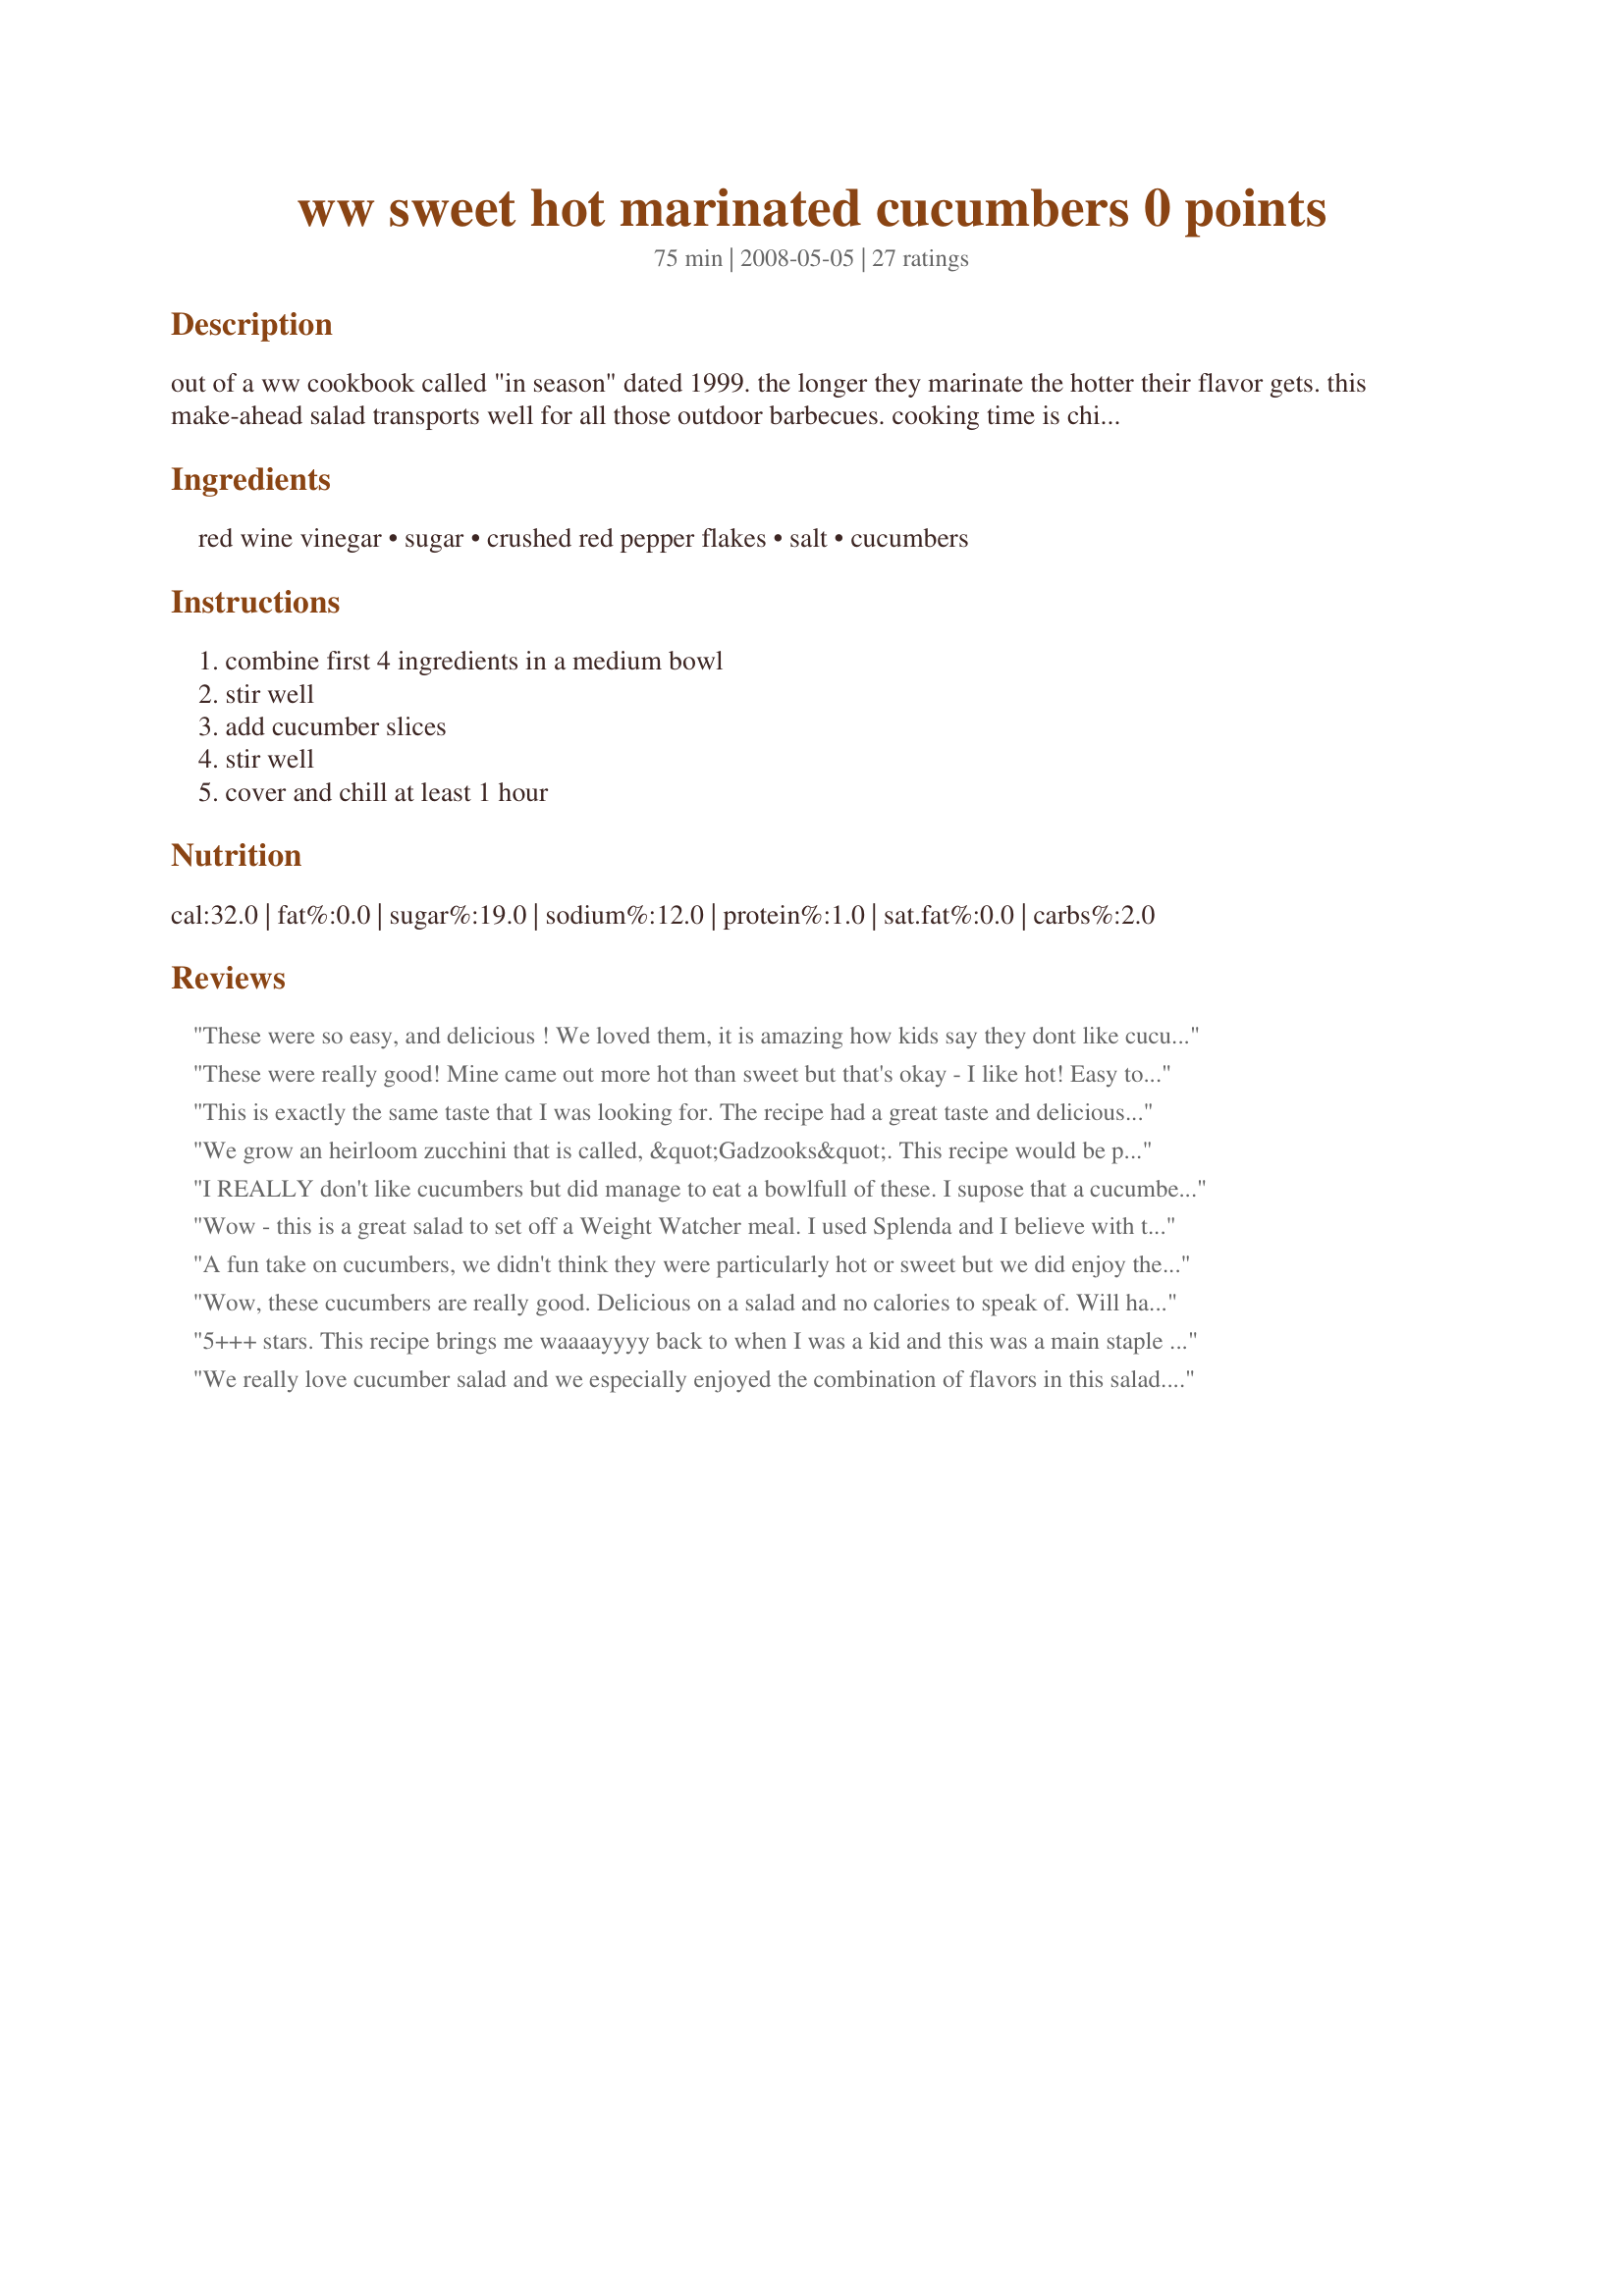
ww sweet hot marinated cucumbers 0 points
Preparation time: 75 minutes

out of a ww cookbook called "in season" dated 1999. the longer they marinate the hotter their flavor gets. this make-ahead salad transports well for all those outdoor barbecues. cooking time is chill time. hope you enjoy!

Ingredients:
red wine vinegar, sugar, crushed red pepper flakes, salt, cucumbers

Steps:
combine first 4 ingredients in a medium bowl, stir well, add cucumber slices, stir well, cover and chill at least 1 hour

Reviews:
These were so easy, and delicious ! We loved them, it is amazing how kids say they dont like cucumbers, but they gobbled them down.The red wine vinegar, and the red pepper flakes gave this dish excellent taste.
These were really good! Mine came out more hot than sweet but that's okay - I like hot! Easy to make, these will be a perfect addition to our summer bbq's - thanks for sharing!
This is exactly the same taste that I was looking for. The recipe had a great taste and delicious and yummy.last Sunday i made Punjabi Yakhni Pulao Recipe from one of the best cooking wesite sharing a link with you: ( https://pakistanirecipespoint.wordpress.com/2017/08/29/punjabi-yakhni-pulao/ ).
We grow an heirloom zucchini that is called, &quot;Gadzooks&quot;. This recipe would be perfect for them. They will stay firm longer and have less water in them. They do not need to be peeled, either.
I REALLY don't like cucumbers but did manage to eat a bowlfull of these. I supose that a cucumber lover would like this recipe. You really can't beat this for a low calorie side dish.
Wow - this is a great salad to set off a Weight Watcher meal. I used Splenda and I believe with that substitute it would be zero points on the new Points Plus program. I served it with hamburgers and it was a satisfactory way to omit the chips or fries. Thanks, Carole in Orlando
A fun take on cucumbers, we didn't think they were particularly hot or sweet but we did enjoy the red wine vinegar on these. I loved that they were quick, easy and travel well for summer picnics. DH enjoyed them so much that he ate most of them! Made for 1-2-3 Hit Wonders tag game.
Wow, these cucumbers are really good. Delicious on a salad and no calories to speak of. Will have these in the fridge all the time.
5+++ stars. This recipe brings me waaaayyyy back to when I was a kid and this was a main staple on our dinner table in the summer. We always had huge gardens and my mom would make these often. I don't think she used the hot pepper flakes, but I love the addition. Just the right amount of heat. Just remember to go sparingly. I doubled the recipe to share with them:-) Glad I found this recipe of yours Teresa!
Made for 123Hitwonders~
We really love cucumber salad and we especially enjoyed the combination of flavors in this salad. The red wine vinegar/sugar with the red pepper flakes really added a great taste. Will definitely make them again.
I love cucumbers but get a little tired of eating them plain. These were delicious, thanks!
I've been eating these since I was a kid and my mom made them. We always had them with with addition of thinly sliced onions and a sprinkling of celery seeds. The celery seeds add a lot of flavor. I make them in a big pickle jar I saved and they don't last long!
This is another of my favorite WW recipes! I love the heat/sweet/tart combination - it&#039;s a total party in your mouth!
Nice refreshing salad.
Thank you Teresa, for reviving something that I used to have often years ago when I lived up in NJ. The diners where I worked had these on the salad bar where they made them fresh daily (and probably still do). They use apple cider vinegar, so I did as well. It's really just a matter of personal preference to vinegars. Thanks so much for posting. ~Bird
My husband loved this because it is a kicked up version with the addition of the red pepper flakes. And as a wieght watcher I love that I can eat it without using points!!!
Thanks to "Please Review My Recipe" I found a great snack.<br/><br/><br/>For this recipe I chose to sub the hot peppers for Habanero peppers. This was what I had on hand and boy did this come out great. You have to be careful as to not put a lot in. <br/><br/>Love it.
Excellent! I used liquid Splenda instead of sugar &amp; reduced the amount of salt. I will be keeping these in my fridge at all times.
These are a great go-to snack to keep in the fridge! Love them! Thanks so much for the wonderful idea!
Great snack! I enjoy these to nibble on. Thanks! A great way to use up the abundance of cucumbers.
Made these last night to put in today&#039;s lunch and think I will put them on next week&#039;s menu. Great low cal side! Thanks for the post Teresa.
This was a really good snack. I cut the recipe in half and really enjoyed the flavor. The red pepper flakes were amazing in this recipe and the sugar cut down on some of the heat. Thanks for sharing.
Great marinated cucumbers! Loved these as a side salad with delicious amberjack! Thanks for sharing! Made for Zaar Stars Tag.
I followed directions as listed except for doubling the hot pepper flakes (DH loves spicy stuff) and this turned out perfect. Perfect combination of sweet and tangy with a zip of hot. Thanks for sharing your lovely recipe.
This was very tasty. I did add a little olive oil to the mixture. Thanks for a good cucumber recipe.
These were very good and I'm so happy to find a 0 point snack. I cut the recipe in half since my dbf doesn't usually like acidic food. That was my mistake because I found myself scowling at him as he got second helpings of these cucumbers. We ate the whole bowl, so Off to the market for me to get more cucumbers. Thank you Teresa.
Funny ... the cucumber doesn't look peeled????
